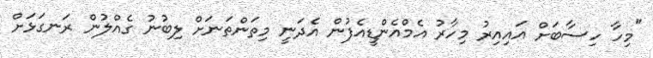
"މިހާ ހިސާބަށް އައިއިރު މިހާރު އެމްއެންޑީއެފުން އެދަނީ މިތަންތަނަށް ލިބުނު ގެއްލުން ރަނގަޅަށް